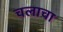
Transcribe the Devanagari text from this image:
चलाचा